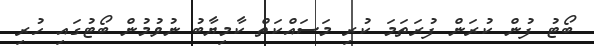
ބޯޓު ފުން ކުރަން ފުރަތަމަ ކުރި މަސައްކަތް ކާމިޔާބު ނުވުމުން ބޯޓުގައި ހުރި